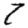
Digit: 7